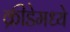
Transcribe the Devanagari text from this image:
क्रीडेमध्ये